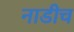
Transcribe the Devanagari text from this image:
नाडीच